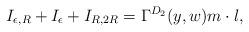
LaTeX: \begin{align*} I_{\epsilon,R} + I_\epsilon + I_{R,2R} = \Gamma^{D_2}(y,w)m \cdot l,\end{align*}